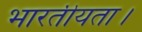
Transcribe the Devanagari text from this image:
भारतीयता।